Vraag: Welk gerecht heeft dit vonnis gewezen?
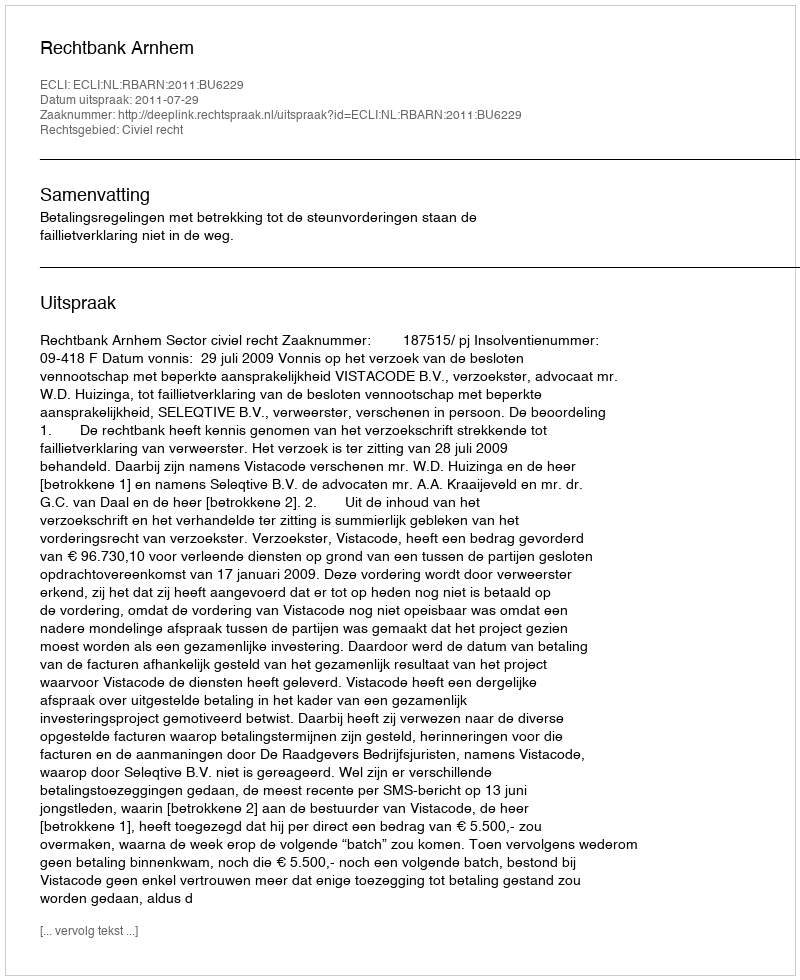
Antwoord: Rechtbank Arnhem